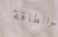
والطاقة